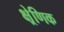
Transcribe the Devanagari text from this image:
क्ष्रेणिक